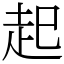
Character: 起